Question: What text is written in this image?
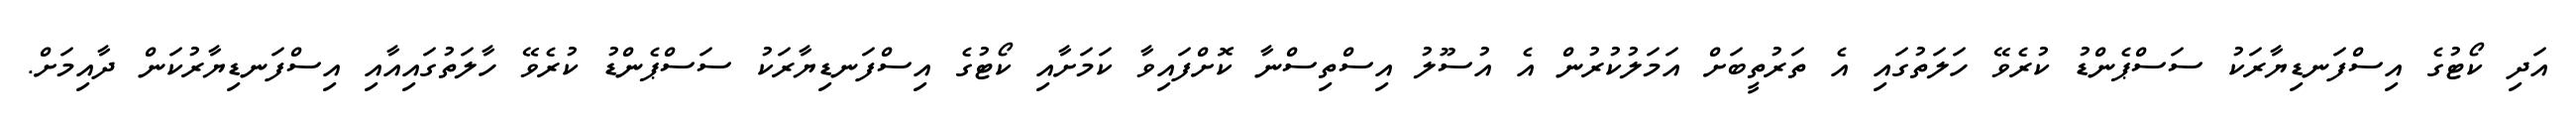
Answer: އަދި ކޯޓުގެ އިސްފަނޑިޔާރަކު ސަސްޕެންޑު ކުރެވޭ ހަލަތުގައި އެ ތަރުތީބަށް އަމަލުކުރުން އެ އުސޫލު އިސްތިސްނާ ކޮށްފައިވާ ކަމަށާއި ކޯޓުގެ އިސްފަނޑިޔާރަކު ސަސްޕެންޑު ކުރެވޭ ހާލަތުގައިއާއި އިސްފަނޑިޔާރުކަން ދާއިމަށް.